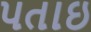
પતાઇ